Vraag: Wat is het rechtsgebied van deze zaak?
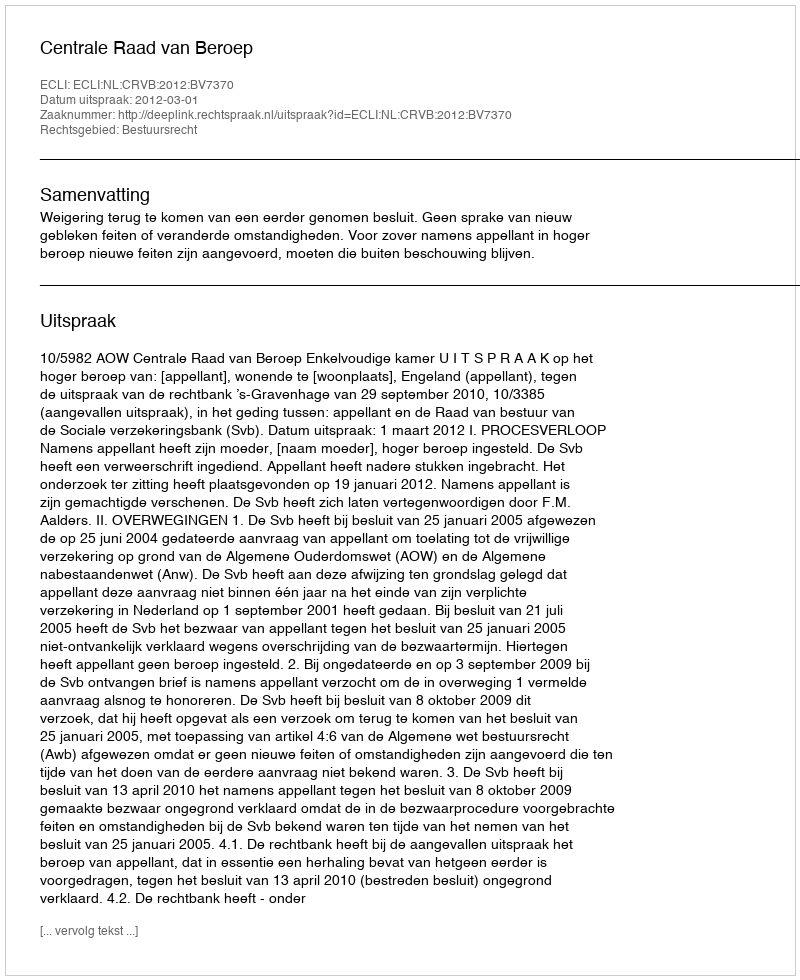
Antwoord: Bestuursrecht